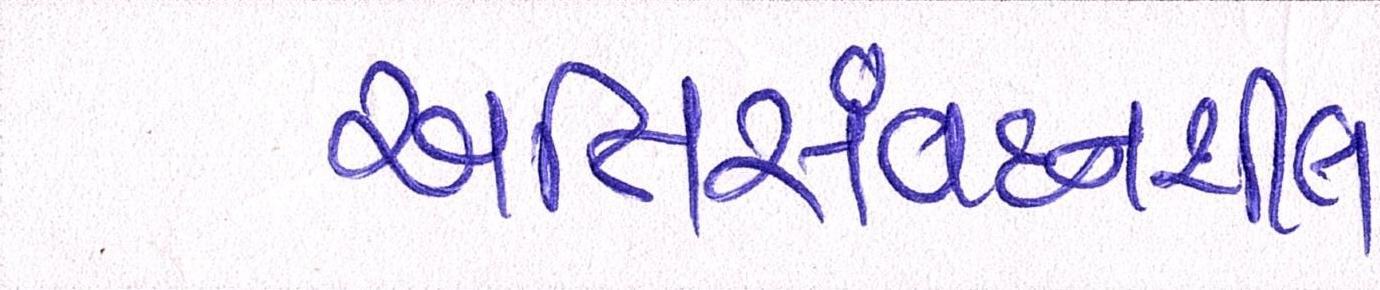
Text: અતિસંવદનશીલ